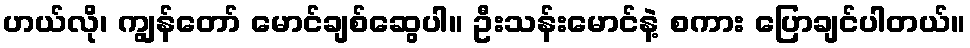
ဟယ်လို၊ ကျွန်တော် မောင်ချစ်ဆွေပါ။ ဦးသန်းမောင်နဲ့ စကား ပြောချင်ပါတယ်။